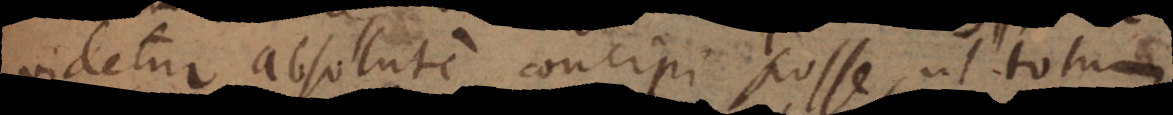
videtur absolute concipi posse, ut totum